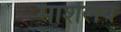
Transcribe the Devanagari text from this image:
मार्शलय